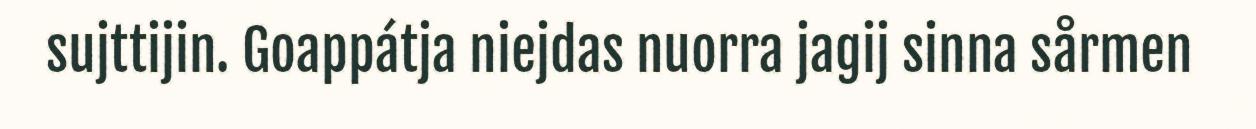
sujttijin. Goappátja niejdas nuorra jagij sinna sårmen